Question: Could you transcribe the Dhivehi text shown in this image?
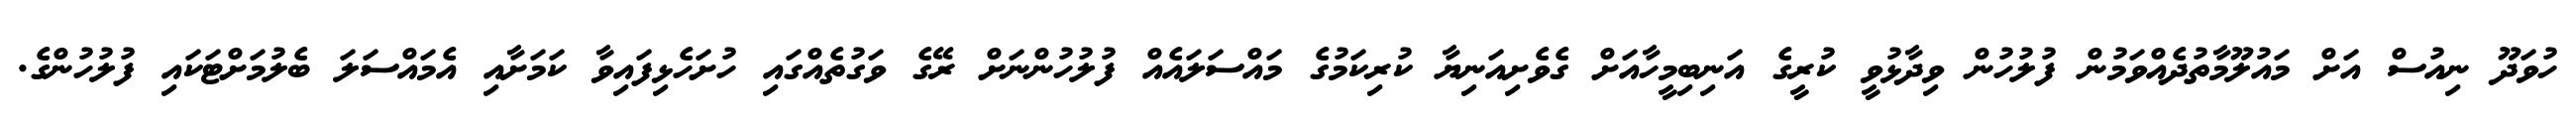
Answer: ހުވަދޫ ނިއުސް އަށް މައުލޫމާތުދެއްވަމުން ފުލުހުން ވިދާޅުވީ ކުރީގެ އަނިބިމީހާއަށް ގެވެށިއަނިޔާ ކުރިކަމުގެ މައްސަލައެއް ފުލުހުންނަށް ރޭގެ ވަގުތެއްގައި ހުށަހެޅިފައިވާ ކަމަށާއި އެމައްސަލަ ބެލުމަށްޓަކައި ފުލުހުންގެ.